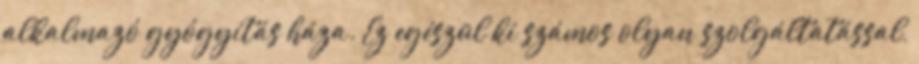
alkalmazó gyógyítás háza. Ez egészül ki számos olyan szolgáltatással,